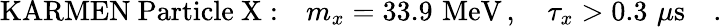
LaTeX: \mathrm{KARMEN~Particle~X:}\quad m_{x}=33.9\, \, \mathrm{MeV}\, ,\quad\tau_{x}>0.3\, \, \mu\mathrm{s}\quad.